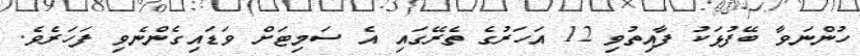
ހުންނަވާ ބޭފުޅަކު ފާއިތުވި 12 އަހަރުގެ ތެރޭގައި އެ ސަމިޓަށް ވަޑައިގެންނެވި ފަހަރެވެ.